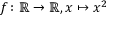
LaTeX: f \colon \mathbb { R } \rightarrow \mathbb { R } , x \mapsto x ^ { 2 }